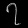
Digit: ၇